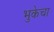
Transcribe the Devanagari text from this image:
भुकेचा